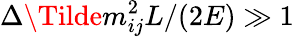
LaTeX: \Delta\Tilde{m}_{ij}^{2}L/(2E)\gg 1